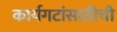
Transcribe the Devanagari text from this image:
कार्यगटांसाठीची